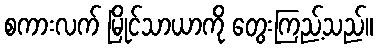
စကားလက် မြိုင်သာယာကို တွေးကြည့်သည်။